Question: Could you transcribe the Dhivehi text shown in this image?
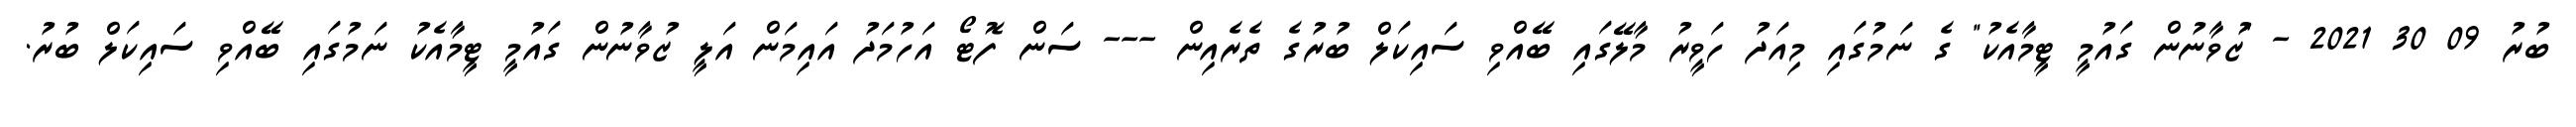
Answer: ބުރު 09 30 2021 - "ޒުވާނުން ގައުމީ ޓީމާއެކު" ގެ ނަމުގައި މިއަދު ހަވީރު މާލޭގައި ބޭއްވި ސައިކަލް ބުރުގެ ތެރެއިން --- ސަން ފޮޓޯ އަހުމަދު އައިމަން އަލީ ޒުވާނުން ގައުމީ ޓީމާއެކު ނަމުގައި ބޭއްވި ސައިކަލް ބުރު.